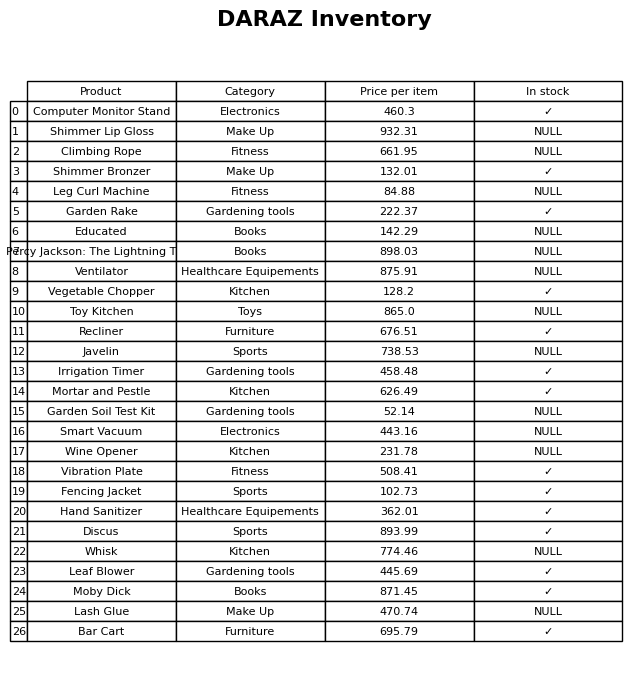
question: Is the Ventilator in stock?
answer: NULL